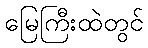
မြေကြီးထဲတွင်